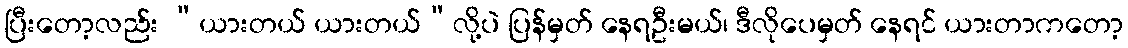
ပြီးတော့လည်း “ယားတယ် ယားတယ်”လို့ပဲ ပြန်မှတ် နေရဦးမယ်၊ ဒီလိုပေမှတ် နေရင် ယားတာကတော့